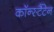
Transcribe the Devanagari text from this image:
कॉन्स्टैंटेन